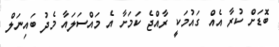
ބޮޑަށް ކުރާ އެއް ގައުމަކީ ރާއްޖެ ކަމަށާ އެ މައްސަލައާ މެދު ބައިނަލް